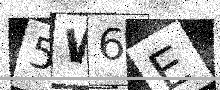
Text: 5W6E